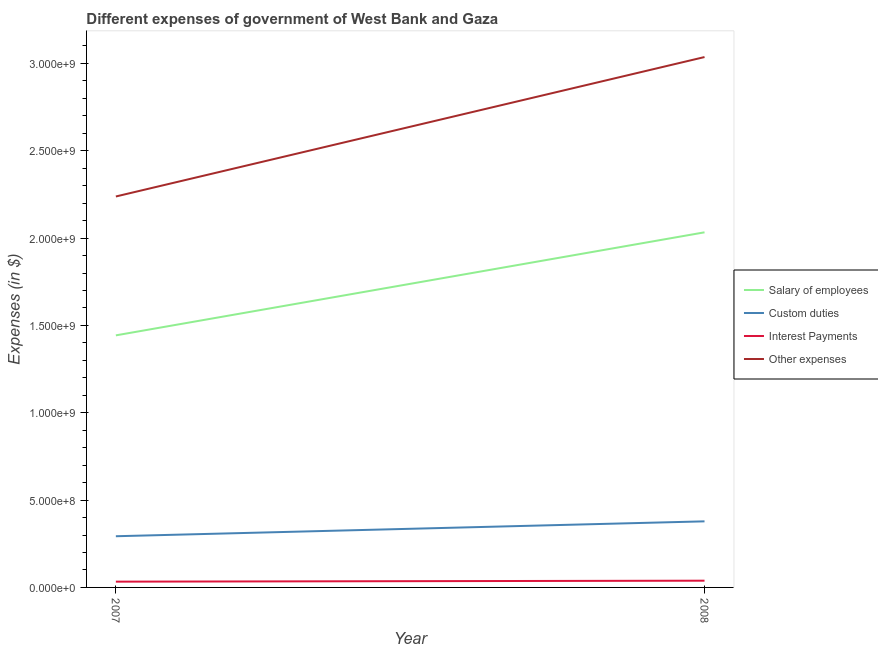
| Year | Salary of employees | Custom duties | Interest Payments | Other expenses |
 | --- | --- | --- | --- | --- |
 | 2007 | 1.44e+09 | 2.93e+08 | 3.3e+07 | 2.24e+09 |
 | 2008 | 2.03e+09 | 3.78e+08 | 3.86e+07 | 3.04e+09 |